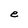
Character: e